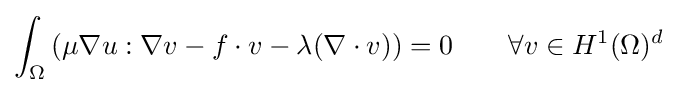
\int _{\Omega }\left(\mu \nabla u:\nabla v-f\cdot v-\lambda (\nabla \cdot v)\right)=0\qquad \forall v\in H^{1}(\Omega )^{d}